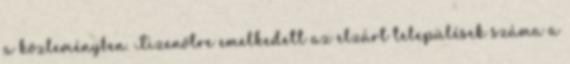
a közleményben. Tizenötre emelkedett az elzárt települések száma a